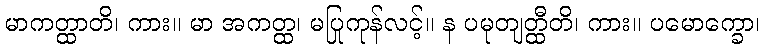
မာကတ္ထာတိ၊ ကား။ မာ အကတ္ထ၊ မပြုကုန်လင့်။ န ပမုတျတ္ထီတိ၊ ကား။ ပမောက္ခော၊